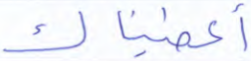
أعطيناك